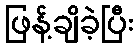
ဖြန့်ချိခဲ့ပြီး